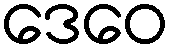
ဒေဝေ